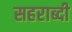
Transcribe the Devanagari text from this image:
सहराब्दी